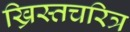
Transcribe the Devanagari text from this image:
ख्रिस्तचरित्र